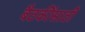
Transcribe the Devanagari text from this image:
बैठकींसाठी